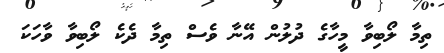
ތިމާ ލޯބިވާ މީހާގެ ދުލުން އޭނާ ވެސް ތިމާ ދެކެ ލޯބިވާ ވާހަކަ